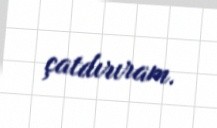
çatdırıram.